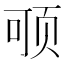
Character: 𲊻